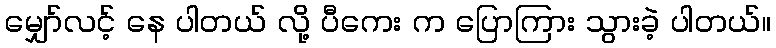
မျှော်လင့် နေ ပါတယ် လို့ ပီကေး က ပြောကြား သွားခဲ့ ပါတယ်။